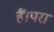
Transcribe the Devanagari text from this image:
हैं।परा